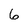
Character: 6